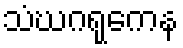
သံဃဂရုကေန